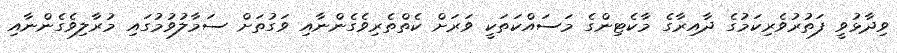
ވިދާޅުވީ ފަތުރުވެރިކަމުގެ ދާއިރާގެ މާކެޓިންގެ މަސައްކަތަކީ ވަރަށް ކެތްތެރިވެގެންނާއި ވަގުތަށް ސަމާލުވުމުގައި މުރާލިވެގެންނާއި